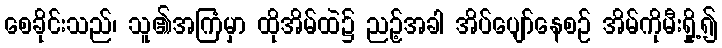
စေခိုင်းသည်၊ သူ၏အကြံမှာ ထိုအိမ်ထဲ၌ ညဉ့်အခါ အိပ်ပျော်နေစဉ် အိမ်ကိုမီးရှို့၍